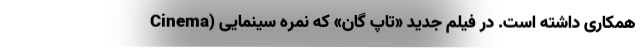
همکاری داشته است. در فیلم جدید «تاپ گان» که نمره سینمایی (Cinema